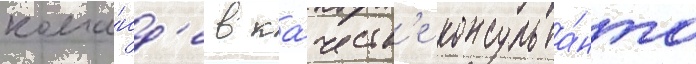
кома́нд'е в ка́честв'е консульта́нта